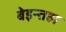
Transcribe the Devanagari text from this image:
बेइन्तहा